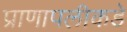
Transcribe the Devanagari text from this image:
प्राणापलीकडे